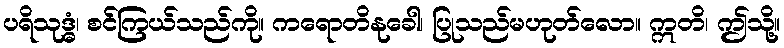
ပရိသုဒ္ဓံ၊ စင်ကြယ်သည်ကို။ ကရောတိနုခေါ၊ ပြုသည်မဟုတ်လော။ ဣတိ၊ ဤသို့။